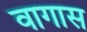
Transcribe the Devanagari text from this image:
वागास